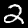
Digit: 2